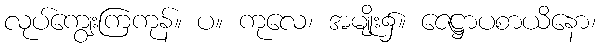
လုပ်ကျွေးကြကုန်။ ပ။ ကုလေ၊ အမျိုး၌။ ဇေဋ္ဌာပစာယိနော၊